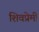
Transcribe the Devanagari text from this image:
शिवप्रेमी